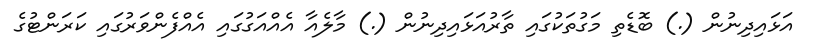
އަޅައިދިނުން (.) ބޮޑެތި މަގުތަކުގައި ތާރުއަޅައިދިނުން (.) މާލެއާ އެއްއަގުގައި އެއްފެންވަރުގައި ކަރަންޓުގެ